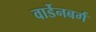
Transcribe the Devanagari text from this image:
वार्डेनबर्ग